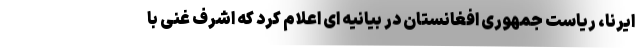
ایرنا، ریاست جمهوری افغانستان در بیانیه ای اعلام کرد که اشرف غنی با